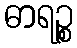
ဓာရဉ္စ